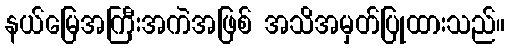
နယ်မြေအကြီးအကဲအဖြစ် အသိအမှတ်ပြုထားသည်။